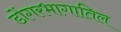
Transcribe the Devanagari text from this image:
डोंगरभागातिल